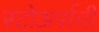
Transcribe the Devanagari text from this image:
स्टोअर्सची